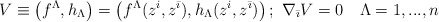
\begin{align*}V \equiv \left( f^\Lambda, h_\Lambda \right) =\left( f^\Lambda(z^i,z^{\bar \imath}), h_\Lambda (z^i,z^{\bar \imath})\right) ; \,\, \nabla_{\bar \imath} V=0 \quad \Lambda =1,...,n\end{align*}